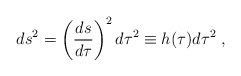
\begin{align*} ds^2 = \left(\frac{ds}{d\tau}\right)^2 d\tau^2 \equiv h(\tau) d\tau^2 \; ,\end{align*}